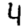
Digit: 4